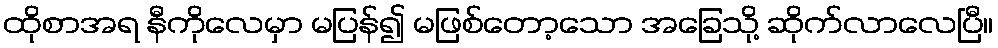
ထိုစာအရ နီကိုလေမှာ မပြန်၍ မဖြစ်တော့သော အခြေသို့ ဆိုက်လာလေပြီ။